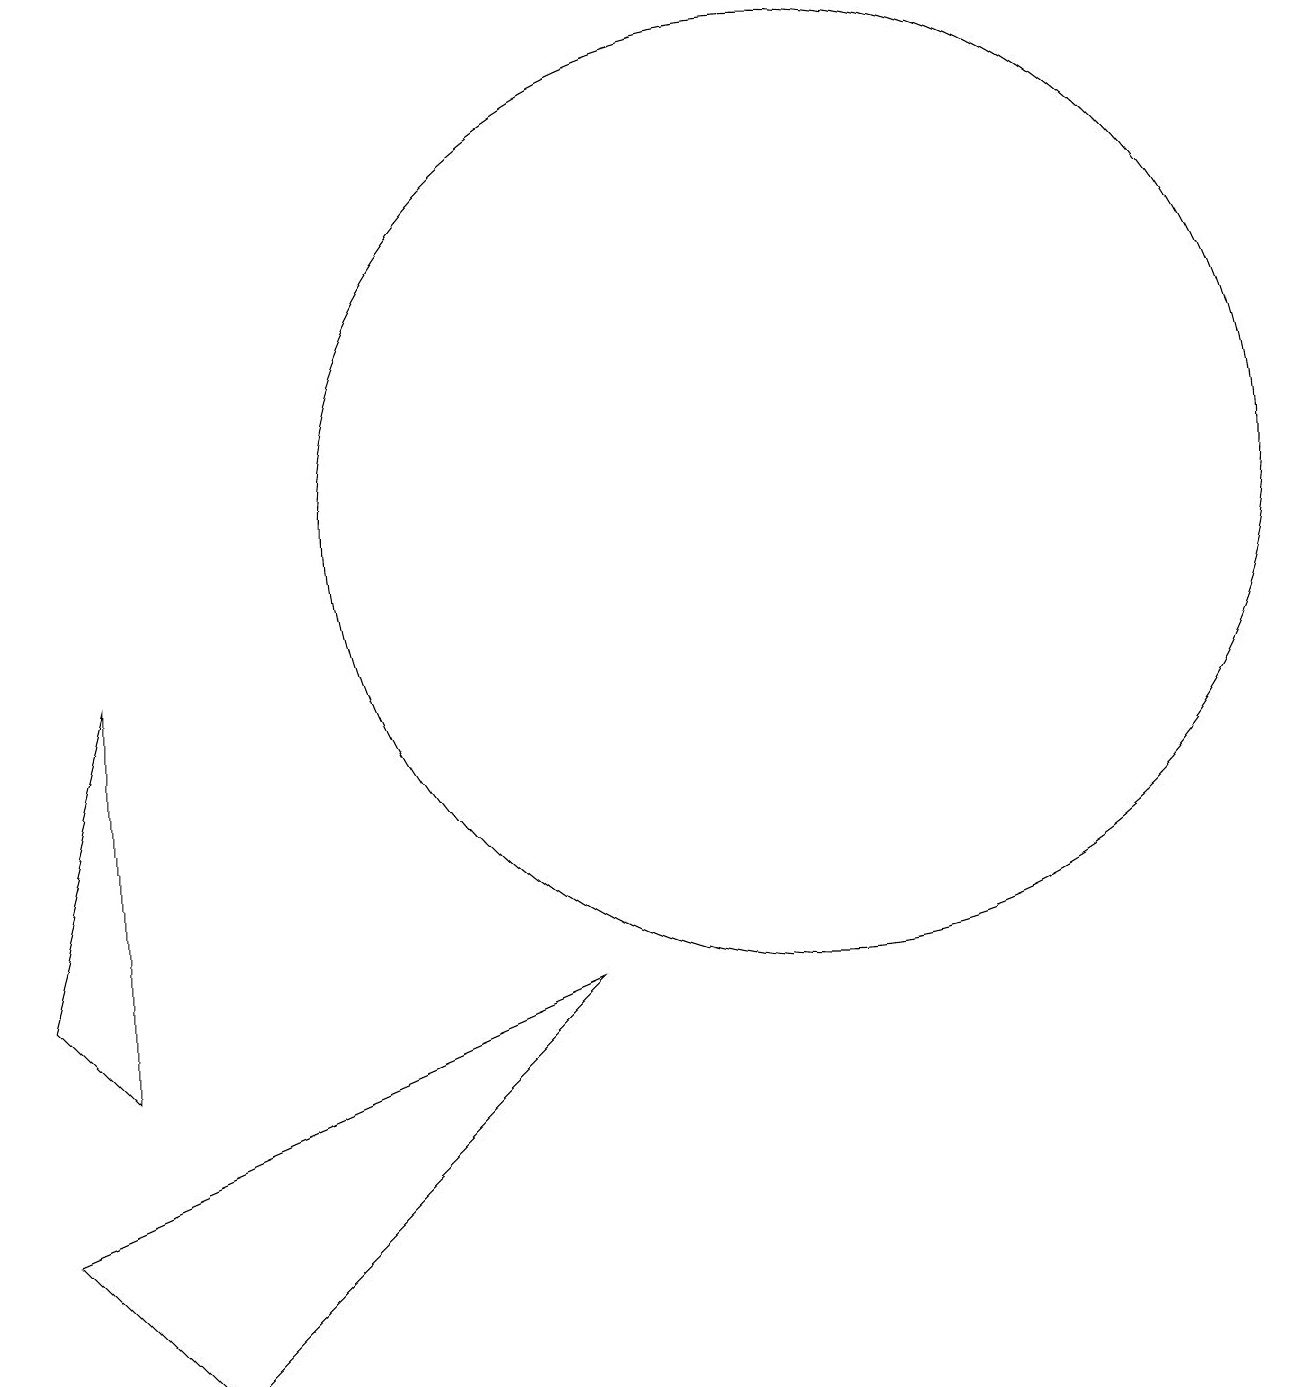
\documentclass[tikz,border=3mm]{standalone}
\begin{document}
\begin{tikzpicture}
\draw (10,11) circle (6);
\draw (1,4) -- (0,5) -- (1,9) -- cycle;
\draw (0,2) -- (2,0) -- (7,5) -- cycle;
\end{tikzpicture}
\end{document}